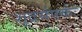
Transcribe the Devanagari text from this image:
शूद्रसंपर्कः